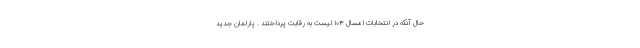
حال آنکه در انتخابات امسال ۱۰۳ لیست به رقابت پرداختند . پارلمانِ جدیدِ